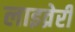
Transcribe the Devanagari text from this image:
लाइव्रेरी